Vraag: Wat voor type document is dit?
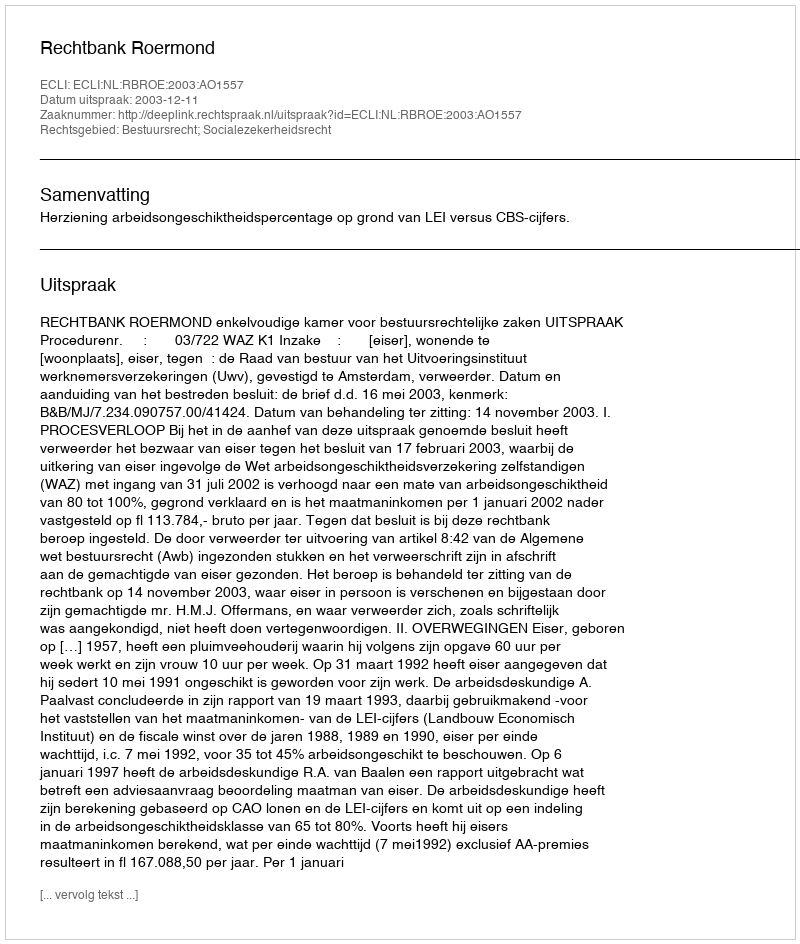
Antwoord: Uitspraak